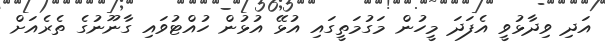
އަދި ވިދާޅުވީ އެފަދަ މީހުން މަގުމަތީގައި އުޅޭ އުޅުން ހުއްޓުވައި ގާނޫނުގެ ތެރެއަށް